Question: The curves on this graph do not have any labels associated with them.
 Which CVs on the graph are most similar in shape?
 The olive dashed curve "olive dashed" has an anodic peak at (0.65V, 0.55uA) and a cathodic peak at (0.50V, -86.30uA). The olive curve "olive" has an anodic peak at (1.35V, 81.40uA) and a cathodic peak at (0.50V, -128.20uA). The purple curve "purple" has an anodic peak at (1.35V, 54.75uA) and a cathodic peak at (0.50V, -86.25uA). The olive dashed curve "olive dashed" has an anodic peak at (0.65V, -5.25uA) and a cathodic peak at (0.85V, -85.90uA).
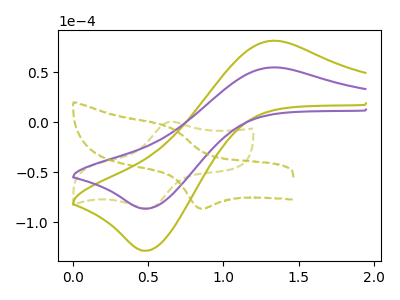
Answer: <think>"olive dashed" and "olive" have at least one peak that do not match. "olive dashed" and "purple" have at least one peak that do not match. "olive dashed" and "olive dashed" have at least one peak that do not match. All the peaks in "olive" have a peak in "purple" at the same potential. Every peak in "olive" is higher than every peak in "purple". "olive" and "olive dashed" have at least one peak that do not match. "purple" and "olive dashed" have at least one peak that do not match.
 </think>
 <answer>"purple" and "olive" have the same shape and are likely CV's of the same chemical.</answer>
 <eval>"purple" "olive"</eval>